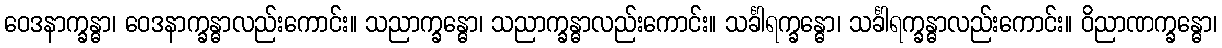
ဝေဒနာက္ခန္ဓာ၊ ဝေဒနာက္ခန္ဓာလည်းကောင်း။ သညာက္ခန္ဓော၊ သညာက္ခန္ဓာလည်းကောင်း။ သင်္ခါရက္ခန္ဓော၊ သင်္ခါရက္ခန္ဓာလည်းကောင်း။ ဝိညာဏက္ခန္ဓော၊